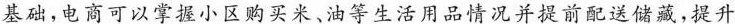
基础，电商可以掌握小区购买米、油等生活用品情况并提前配送储藏，提升